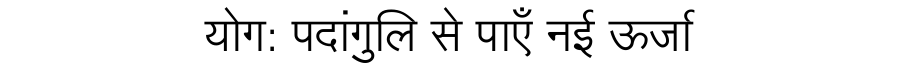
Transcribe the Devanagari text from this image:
योग: पदांगुलि से पाएँ नई ऊर्जा